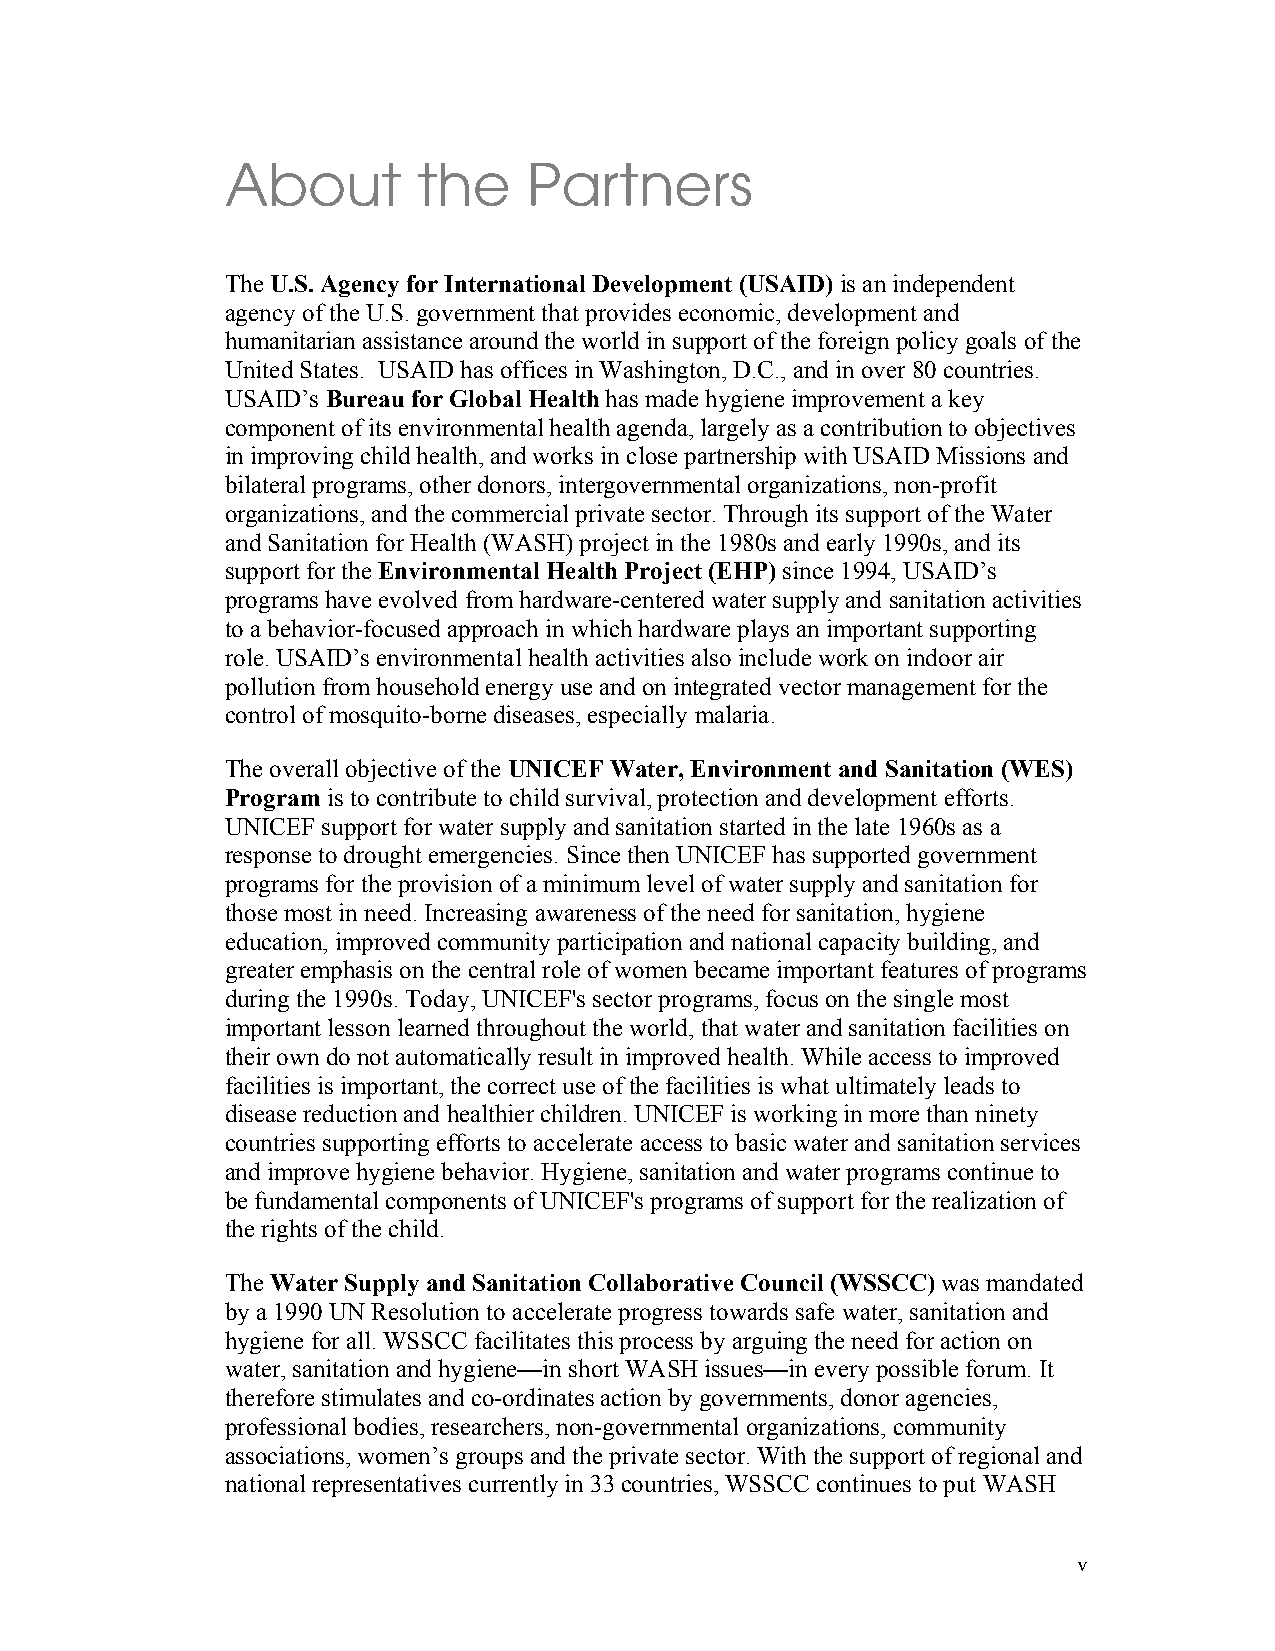
About        the    Partners
 The U.S. Agency for International Development (USAID) is an independent
 agency of the U.S. government that provides economic, development and
 humanitarian assistance around the world in support of the foreign policy goals of the
 United States. USAID has offices in Washington, D.C., and in over 80 countries.
 USAID’s Bureau for Global Health has made hygiene improvement a key
 component of its environmental health agenda, largely as a contribution to objectives
 in improving child health, and works in close partnership with USAID Missions and
 bilateral programs, other donors, intergovernmental organizations, non-profit
 organizations, and the commercial private sector. Through its support of the Water
 and Sanitation for Health (WASH) project in the 1980s and early 1990s, and its
 support for the Environmental Health Project (EHP) since 1994, USAID’s
 programs have evolved from hardware-centered water supply and sanitation activities
 to a behavior-focused approach in which hardware plays an important supporting
 role. USAID’s environmental health activities also include work on indoor air
 pollution from household energy use and on integrated vector management for the
 control of mosquito-borne diseases, especially malaria.
 The overall objective of the UNICEF Water, Environment and Sanitation (WES)
 Program is to contribute to child survival, protection and development efforts.
 UNICEF support for water supply and sanitation started in the late 1960s as a
 response to drought emergencies. Since then UNICEF has supported government
 programs for the provision of a minimum level of water supply and sanitation for
 those most in need. Increasing awareness of the need for sanitation, hygiene
 education, improved community participation and national capacity building, and
 greater emphasis on the central role of women became important features of programs
 during the 1990s. Today, UNICEF's sector programs, focus on the single most
 important lesson learned throughout the world, that water and sanitation facilities on
 their own do not automatically result in improved health. While access to improved
 facilities is important, the correct use of the facilities is what ultimately leads to
 disease reduction and healthier children. UNICEF is working in more than ninety
 countries supporting efforts to accelerate access to basic water and sanitation services
 and improve hygiene behavior. Hygiene, sanitation and water programs continue to
 be fundamental components of UNICEF's programs of support for the realization of
 the rights of the child.
 The Water Supply and Sanitation Collaborative Council (WSSCC) was mandated
 by a 1990 UN Resolution to accelerate progress towards safe water, sanitation and
 hygiene for all. WSSCC facilitates this process by arguing the need for action on
 water, sanitation and hygiene—in short WASH issues—in every possible forum. It
 therefore stimulates and co-ordinates action by governments, donor agencies,
 professional bodies, researchers, non-governmental organizations, community
 associations, women’s groups and the private sector. With the support of regional and
 national representatives currently in 33 countries, WSSCC continues to put WASH
 v